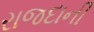
રાજદાની